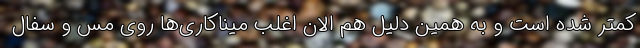
کمتر شده است و به همین دلیل هم الان اغلب میناکاری‌ها روی مس و سفال